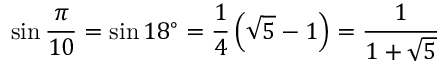
\sin { \frac { \pi } { 1 0 } } = \sin 1 8 ^ { \circ } = { \frac { 1 } { 4 } } \left( { \sqrt { 5 } } - 1 \right) = { \frac { 1 } { 1 + { \sqrt { 5 } } } }